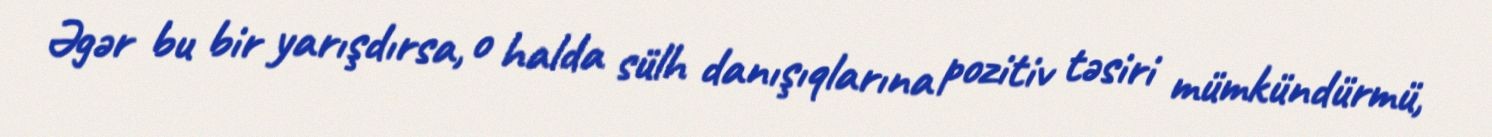
Əgər bu bir yarışdırsa, o halda sülh danışıqlarına pozitiv təsiri mümkündürmü,